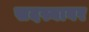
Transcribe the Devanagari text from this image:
सदस्यावर